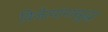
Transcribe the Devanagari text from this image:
विजेत्यांनासुद्धा